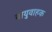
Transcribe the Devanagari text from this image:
वायुवाहक